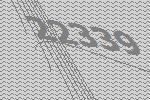
22339